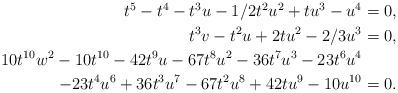
LaTeX: \begin{align*} \begin{aligned} t^5 - t^4 - t^3 u - 1/2 t^2 u^2 + t u^3 - u^4 &= 0, \\ t^3 v - t^2 u + 2 t u^2 - 2/3 u^3 &= 0, \\ 10t^{10} w^2 - 10t^{10} - 42 t^9 u - 67 t^8 u^2 - 36 t^7 u^3 - 23 t^6 u^4 & \\ - 23 t^4 u^6 + 36 t^3 u^7 - 67 t^2 u^8 + 42 t u^9 - 10u^{10} & = 0. \end{aligned}\end{align*}